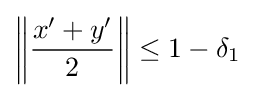
\left\|{\frac {x'+y'}{2}}\right\|\leq 1-\delta _{1}